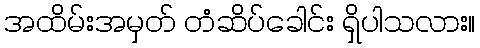
အထိမ်းအမှတ် တံဆိပ်ခေါင်း ရှိပါသလား။